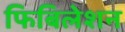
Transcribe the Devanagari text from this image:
फिबिलेशन